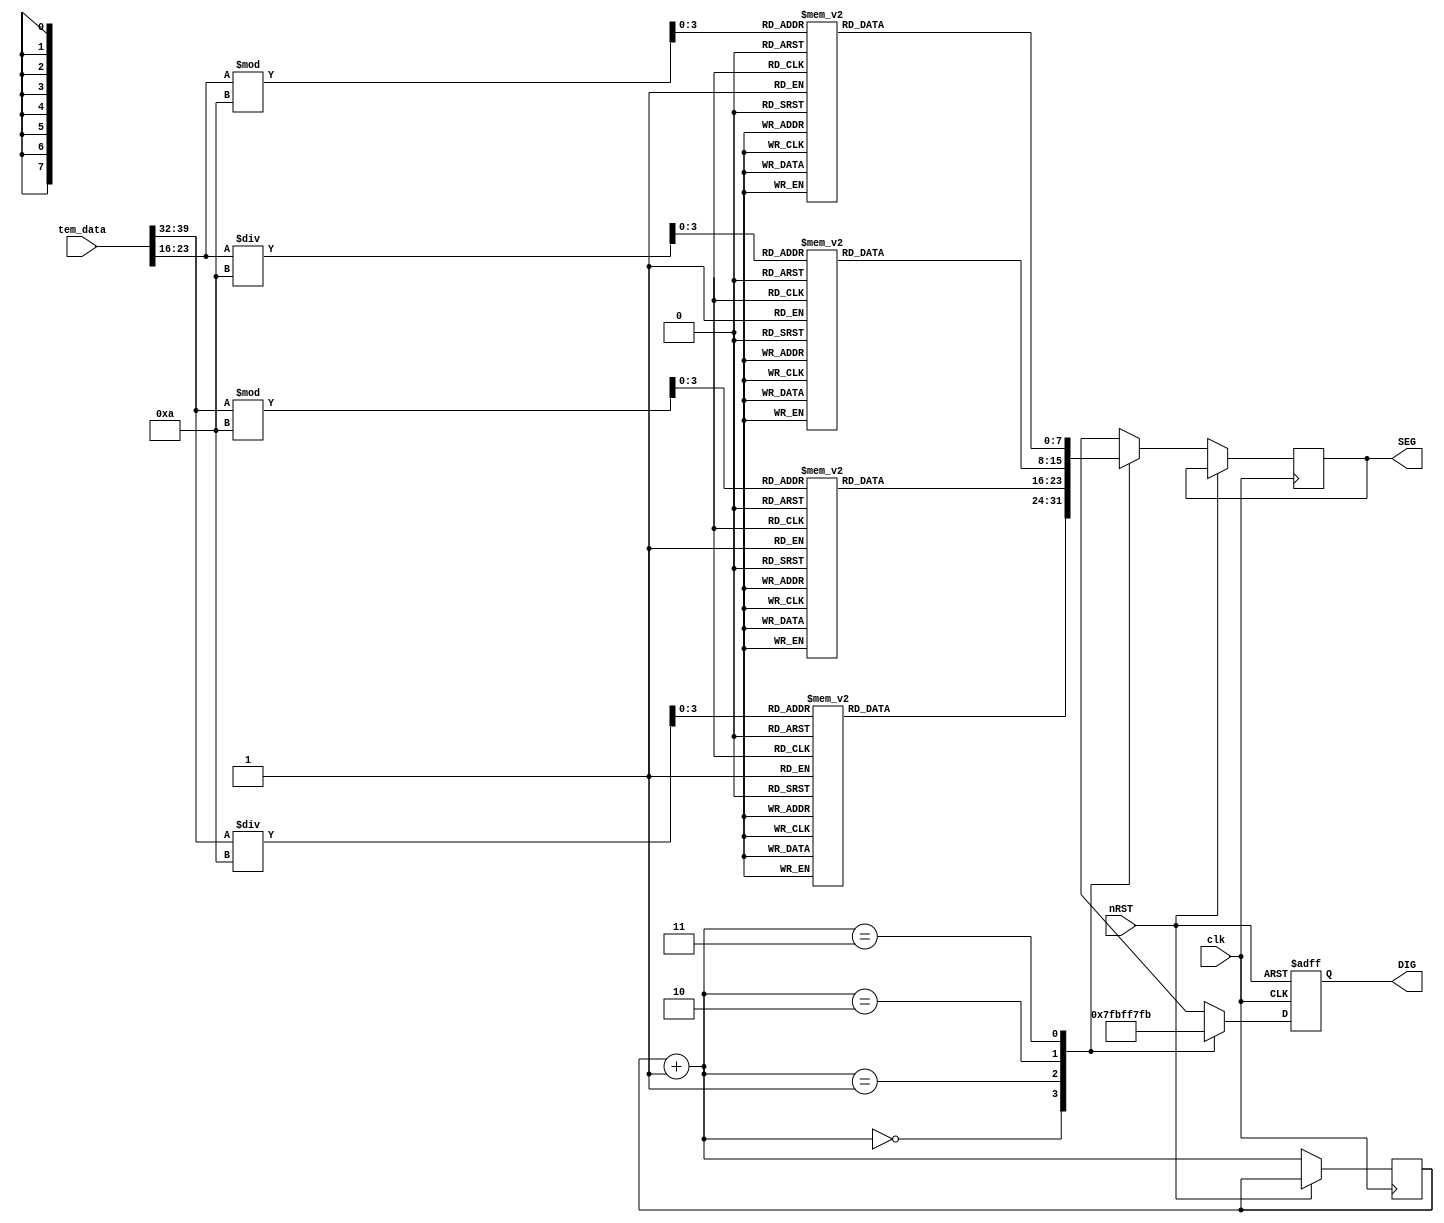
module DHT_SEG8(tem_data,DIG,SEG,clk,nRST);
input clk,nRST;
input[39:0] tem_data;
output[7:0] DIG,SEG;
reg [1:0]    SCAN_R;
reg[3:0]    SEG_DR;
reg [7:0]   DIG,SEG;


always @(posedge clk or posedge nRST)
begin

if(nRST)
begin
//tem_data<=0;
DIG = 8'hFF; 
end

else
begin
   SCAN_R = SCAN_R + 1'b1;
   case(SCAN_R)
      3'h0 :
       begin 
       DIG = 8'h7F; 
       SEG_DR = tem_data[39:32]/10;
       case(SEG_DR)
      4'h0 : SEG <= 8'h3F;
      4'h1 : SEG <= 8'h06;
      4'h2 : SEG <= 8'h5B;
      4'h3 : SEG <= 8'h4F;
      4'h4 : SEG <= 8'h66;
      4'h5 : SEG <= 8'h6D;
      4'h6 : SEG <= 8'h7D;
      4'h7 : SEG <= 8'h07;
      4'h8 : SEG <= 8'h7F;
      4'h9 : SEG <= 8'h6F;
      default : SEG <= 8'h00;
      endcase
       
       end
      3'h1 :
       begin DIG = 8'hBF;
       SEG_DR = tem_data[39:32]%10;
       case(SEG_DR)
      4'h0 : SEG <= 8'h3F;
      4'h1 : SEG <= 8'h06;
      4'h2 : SEG <= 8'h5B;
      4'h3 : SEG <= 8'h4F;
      4'h4 : SEG <= 8'h66;
      4'h5 : SEG <= 8'h6D;
      4'h6 : SEG <= 8'h7D;
      4'h7 : SEG <= 8'h07;
      4'h8 : SEG <= 8'h7F;
      4'h9 : SEG <= 8'h6F;
      default : SEG <= 8'h00;
       endcase
      end 
	  3'h2 :
	   begin 
	   DIG = 8'hF7; 
	   SEG_DR = tem_data[23:16]/10;
	   case(SEG_DR)
      4'h0 : SEG <= 8'h3F;
      4'h1 : SEG <= 8'h06;
      4'h2 : SEG <= 8'h5B;
      4'h3 : SEG <= 8'h4F;
      4'h4 : SEG <= 8'h66;
      4'h5 : SEG <= 8'h6D;
      4'h6 : SEG <= 8'h7D;
      4'h7 : SEG <= 8'h07;
      4'h8 : SEG <= 8'h7F;
      4'h9 : SEG <= 8'h6F;
      default : SEG <= 8'h00;
       endcase
	   end
      3'h3 :
       begin 
       DIG = 8'hFB; 
       SEG_DR = tem_data[23:16]%10;
       case(SEG_DR)
      4'h0 : SEG <= 8'h3F;
      4'h1 : SEG <= 8'h06;
      4'h2 : SEG <= 8'h5B;
      4'h3 : SEG <= 8'h4F;
      4'h4 : SEG <= 8'h66;
      4'h5 : SEG <= 8'h6D;
      4'h6 : SEG <= 8'h7D;
      4'h7 : SEG <= 8'h07;
      4'h8 : SEG <= 8'h7F;
      4'h9 : SEG <= 8'h6F;
      default : SEG <= 8'h00;
       endcase
      end
 
   endcase
end
end
endmodule